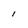
Character: i